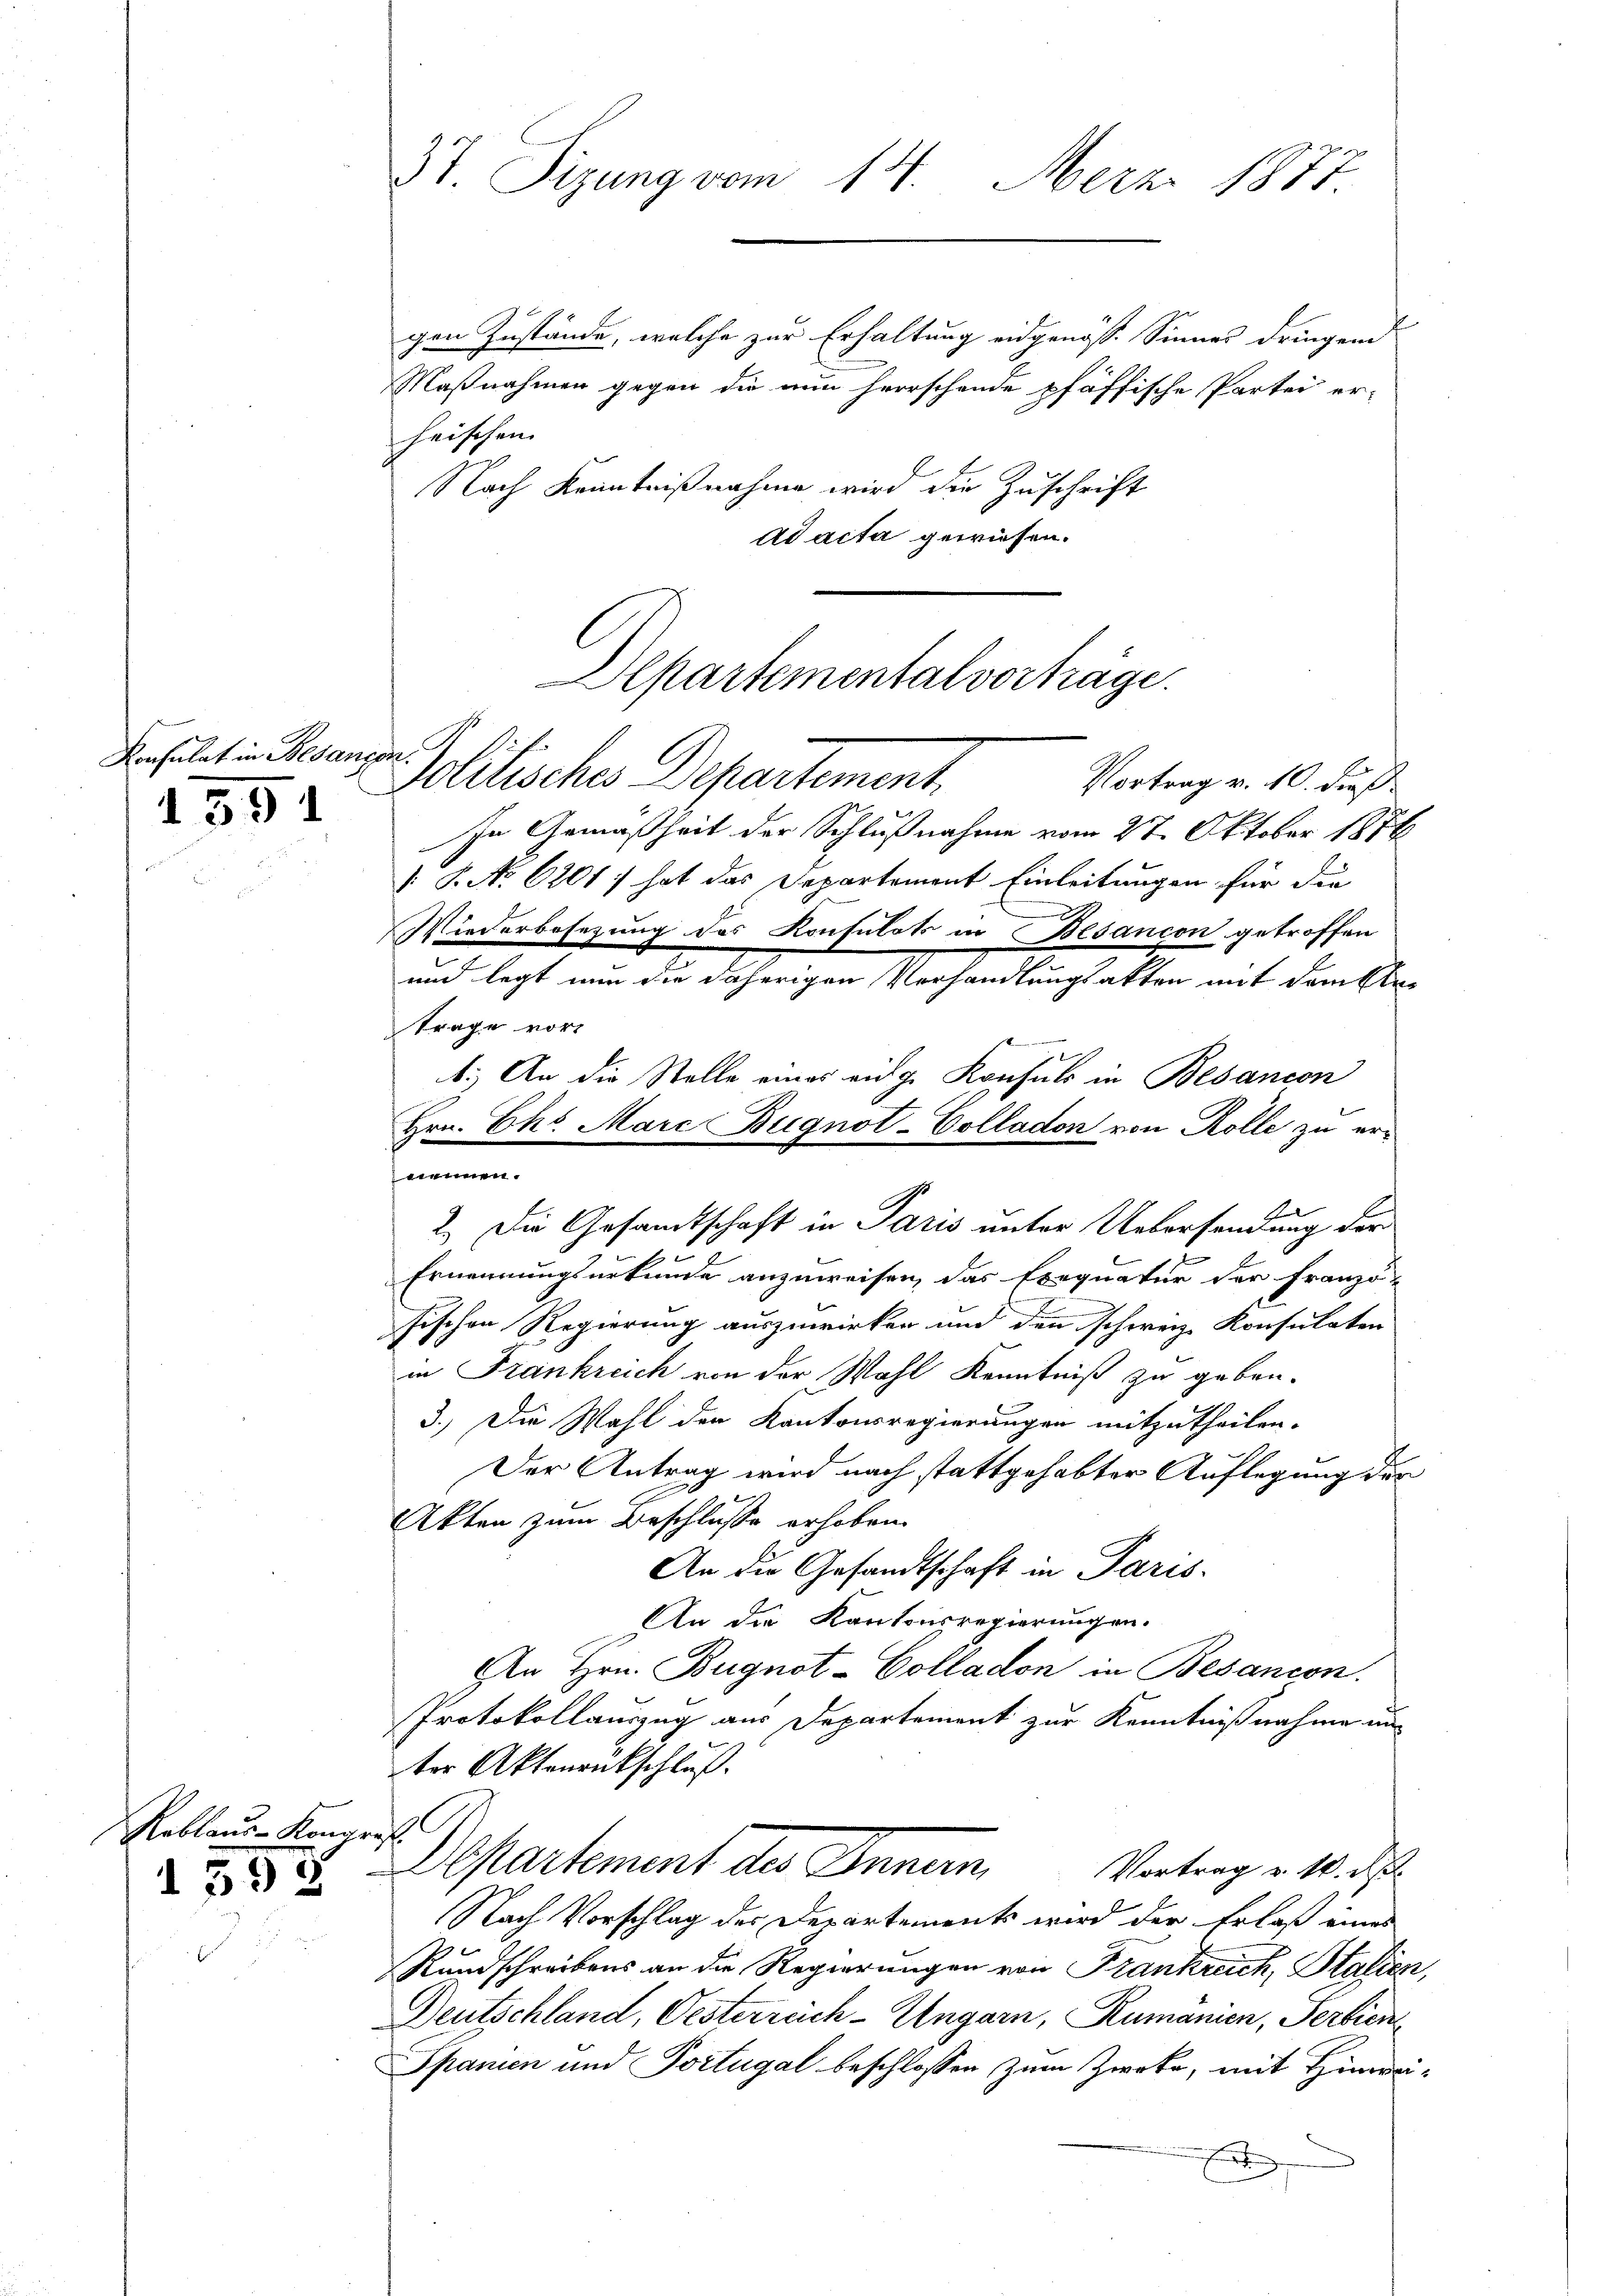
Konsulat in Besangen.
1591

Reblaue-Kongres
1598

37 Sizung vom 14. Merz 1817.

gen Zustände, welche zur Erhaltung eidgenöss. Sinner dringend
Maßnahmen gegen die nun herrschende pfäffische Partei er-
heischen.
Nach Kenntnißnahme wird die Zuschrift
ad acta gewiesen.

Departemental vorträge.
politisches Departement.

Vortrag v. 10. dieß
In Gemäßheit der Schlußnahme vom 27. Oktober 1876
 P. No 6201) hat das Departement Einleitungen für die
Wiederbesezung des Konsulats in Besancon getroffen
und legt nun die daherigen Verhandlungsakten mit dem Kletrage vor
b.) An die Stelle eines eidge Konsuls in Besancon
nennen.
2.) Die Gesandtschaft in Paris unter Uebersendung der
2
Ernennungsurkunde anzuweisen, das Exequatur der Franzö-
fischen Regierung auszuwirken und den schweiz. Konsulaten
in Frankreich von der Wahl Kenntniß zu geben.
3.) Die Wahl der Kantonsregierungen mitzutheilen.
Der Antrag wird nach stattgehabter Auflegung der
Akten zum Beschlusse erhoben.
An die Gesandtschaft in Paris-
An die Kantonsregierungen.
An Hrn. Bugnot-Colladon in Besancon
Protokollauszug aus Departement zur Kenntnißnahme un
ter Aktenrnkschluß.
Departement des Innern,
Vortrag v. 10. d.
Nach Vorschlag des Departements wird der Erlaß eines
Rundschreibens an die Regierungen von Frankreich, Stalien,
Deutschland, Oesterreich-Ungarn, Rumanien, Serbien
Spanien und Portugal beschlossen zum Zweke, mit Hinwein

Hrn. Ch. Marc Bugnot-Colladon von Rolle zu er¬